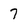
Character: 7